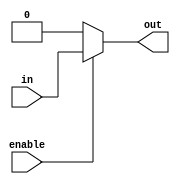
module buffer_with_enable (
    input wire enable,
    input wire in,
    output wire out
);

assign out = (enable) ? in : 1'b0;

endmodule